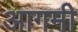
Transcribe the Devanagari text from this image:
आगमी